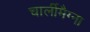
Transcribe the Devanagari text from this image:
चार्लीमैग्ना